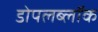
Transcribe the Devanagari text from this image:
डोपलब्लॉक